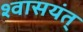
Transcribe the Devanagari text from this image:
श्वासयंत्